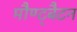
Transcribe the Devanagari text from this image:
मौण्ट्बैटन